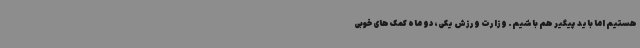
هستیم اما باید پیگیر هم باشیم. وزارت ورزش یکی، دو ماه کمک های خوبی